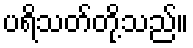
ပရိသတ်တို့သည်။